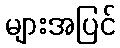
များအပြင်